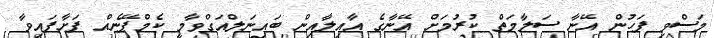
މަސްވި ފަހުން އޭނާ ސަލާމަތް ކުރުމަށް އޭނާގެ އާއިލާއިން ބައިނަލްއަގްވާމީ ކެމްޕޭނެއް ފަށާފައިވާ